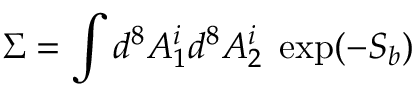
\Sigma = \int d ^ { 8 } A _ { 1 } ^ { i } d ^ { 8 } A _ { 2 } ^ { i } \; \exp ( - S _ { b } )